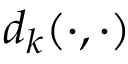
d _ { k } ( \cdot , \cdot )